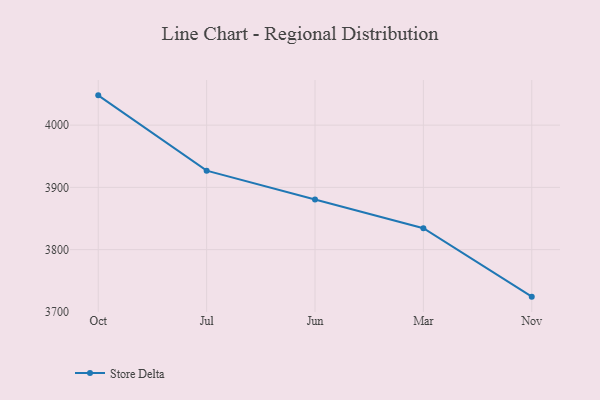
{"axis": {"x": "Month", "y": "Waste Production (Tons)"}, "legend": ["Store Delta"], "data": [{"x": "Oct", "y": 4047.9, "type": "Store Delta"}, {"x": "Jul", "y": 3926.9, "type": "Store Delta"}, {"x": "Jun", "y": 3880.6, "type": "Store Delta"}, {"x": "Mar", "y": 3834.4, "type": "Store Delta"}, {"x": "Nov", "y": 3724.4, "type": "Store Delta"}]}